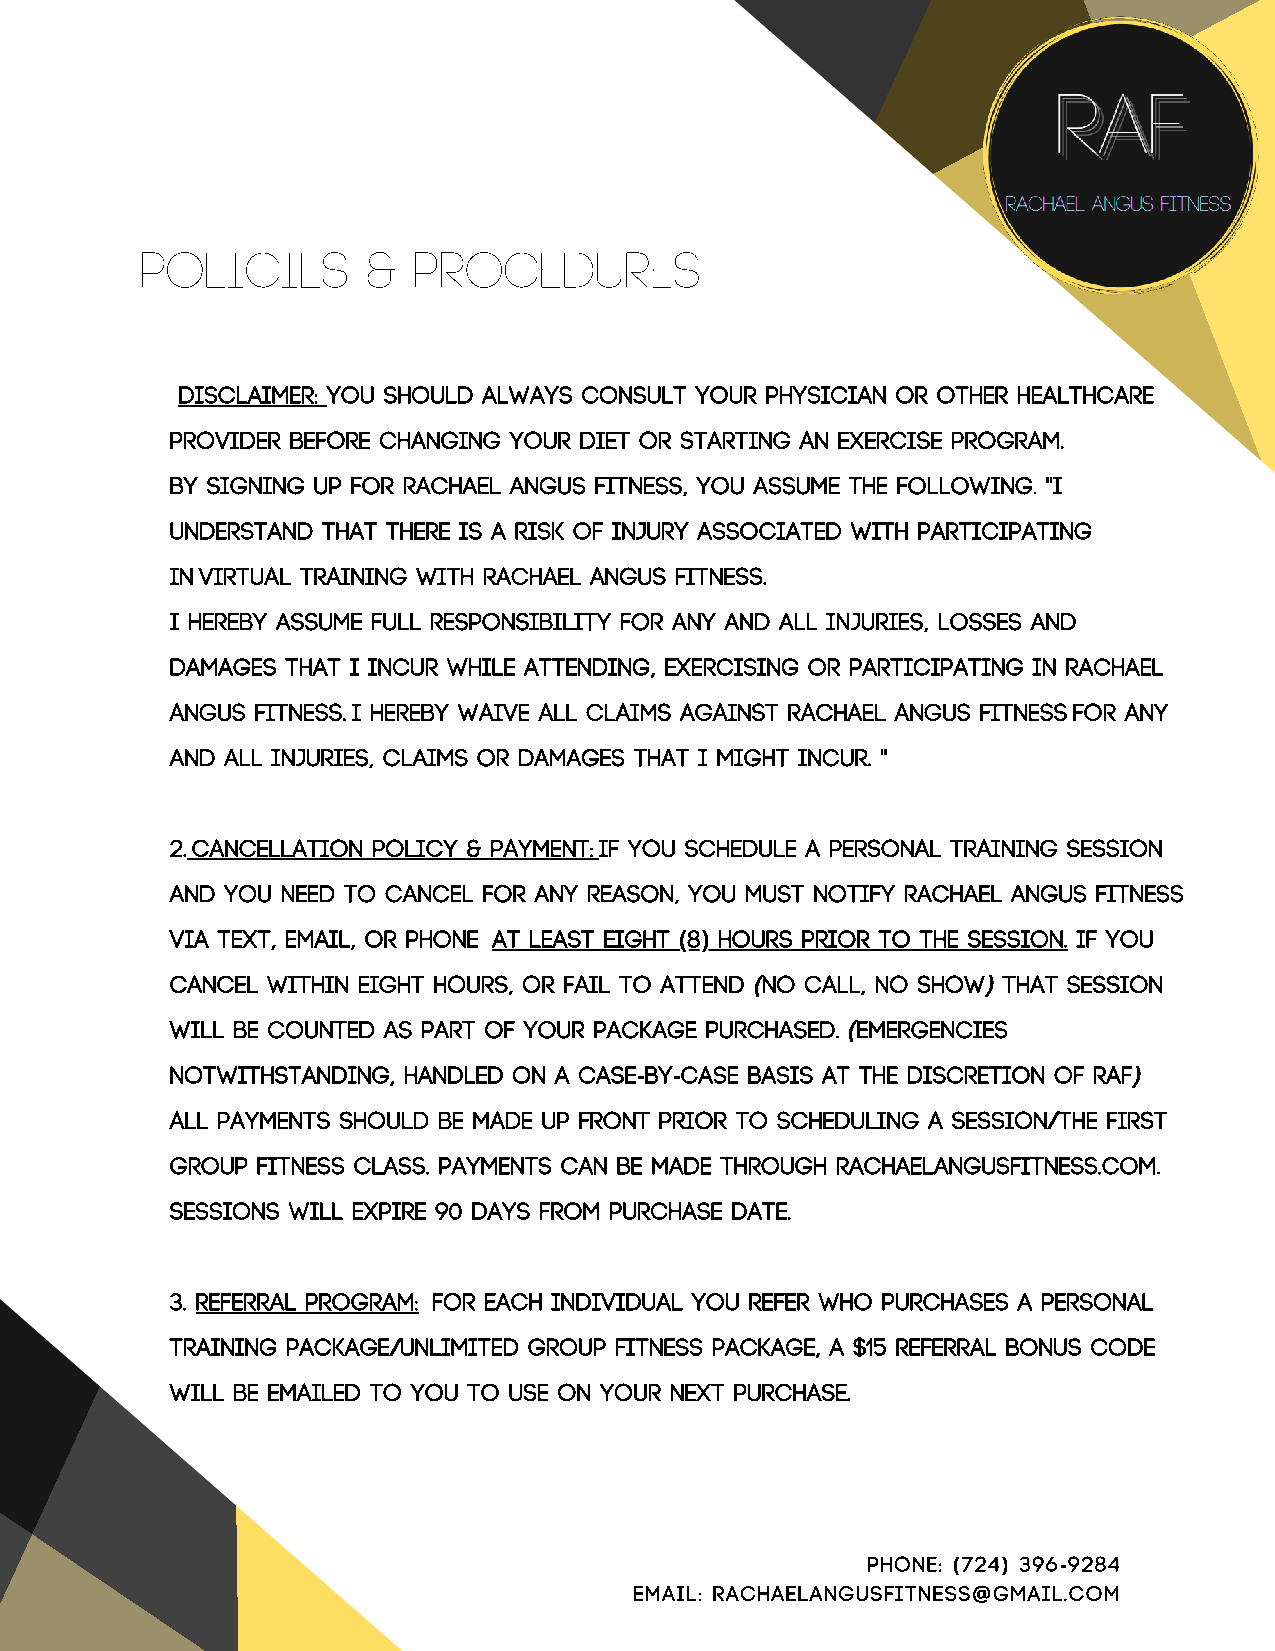
Policies       &  Procedures
 1. disclaimer: You should always consult your physician or other healthcare
 provider before changing your diet or starting an exercise program.
 by signing up for rachael angus fitness, you assume the following. "I
 understand that there is a risk of injury associated with participating
 in virtual training with rachael angus fitness.
 I hereby assume full responsibility for any and all injuries, losses and
 damages that I incur while attending, exercising or participating in rachael
 angus fitness. I hereby waive all claims against rachael angus fitness for any
 and all injuries, claims or damages that I might incur. "
 2. cancellation policy & payment: if you schedule a personal training session
 and you need to cancel for any reason, you must notify rachael angus fitness
 via text, email, or phone at least eight 8 hours prior to the session. if you
 ( )
 cancel within eight hours, or fail to attend no call, no show that session
 (              )
 will be counted as part of your package purchased. emergencies
 (
 notwithstanding, handled on a case by case basis at the discretion of RAf
 -  -                             )
 All payments should be made up front prior to scheduling a session the first
 /
 group fitness class. payments can be made through rachaelangusfitness.com.
 sessions will expire 90 days from purchase date.
 3. referral program: for each individual you refer who purchases a personal
 training package unlimited group fitness package, a $15 referral bonus code
 /
 will be emailed to you to use on your next purchase.
 Phone: 724 396 9284
 (  )   -
 Email: rachaelangusfitness gmail.com
 @